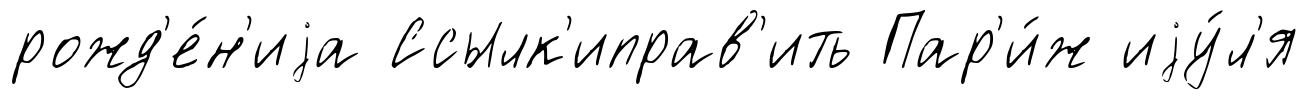
рожд'е́н'иjа Ссылк'иправ'ить Пар'и́ж иjу́л'я